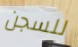
للسجن